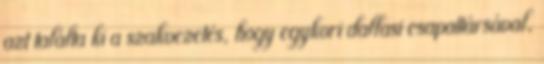
azt találta ki a szakvezetés, hogy egykori dallasi csapattársával,